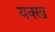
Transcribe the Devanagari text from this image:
यक्ख